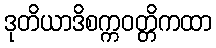
ဒုတိယာဒိစက္ကဝတ္တိကထာ